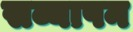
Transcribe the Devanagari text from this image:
सव्यापन